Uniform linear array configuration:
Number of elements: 4
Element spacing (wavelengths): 1
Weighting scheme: hann
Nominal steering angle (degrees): -60
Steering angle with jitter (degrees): -59.088
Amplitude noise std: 0.05
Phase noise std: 0.05

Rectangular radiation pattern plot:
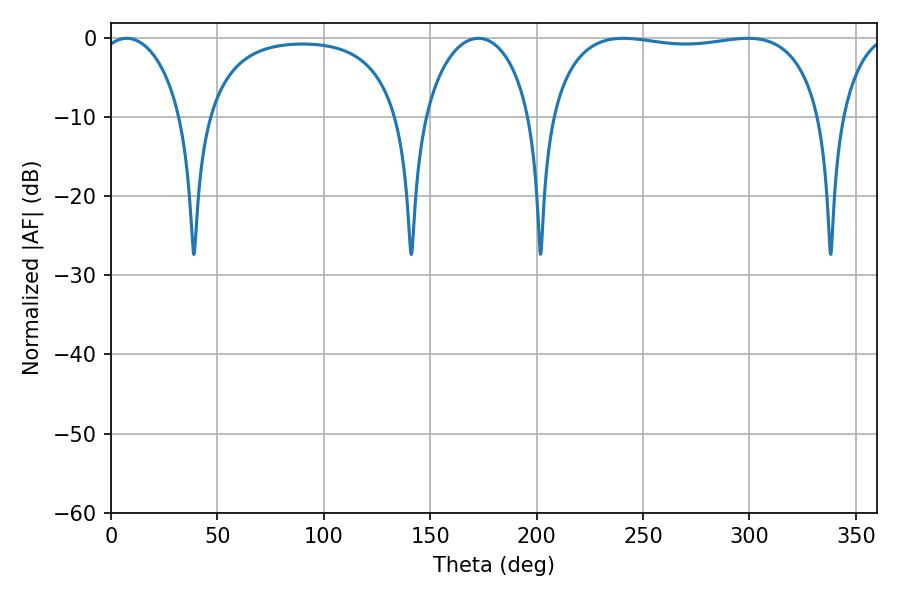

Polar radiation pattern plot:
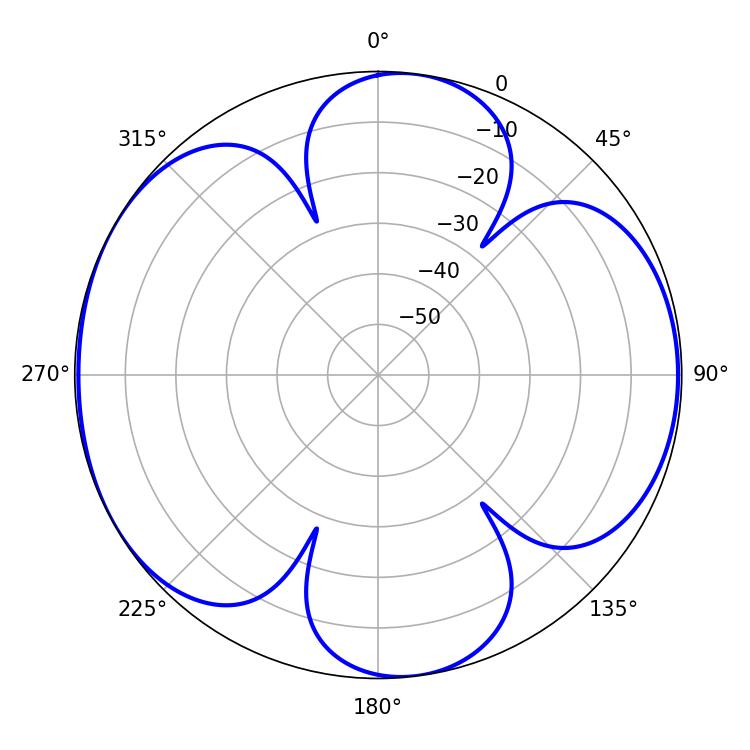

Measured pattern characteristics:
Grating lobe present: TRUE
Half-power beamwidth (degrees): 102.96
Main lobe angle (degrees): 240.66